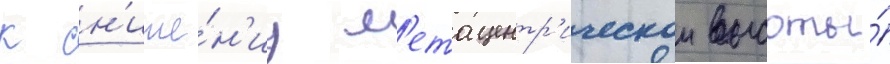
к сн'иже́н'иу м'етацентр'ическои высоты́